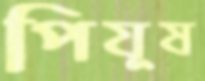
পিযূষ